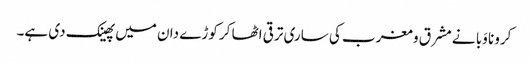
کرونا وَبا نے مشرق و مغرب کی ساری ترقی اٹھا کر کوڑے دان میں پھینک دی ہے۔